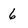
Character: 6